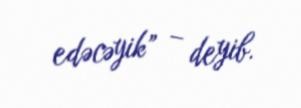
edəcəyik” – deyib.